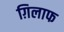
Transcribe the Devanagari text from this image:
ग़िलाफ